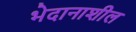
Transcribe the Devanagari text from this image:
भेदानाशील